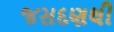
જસદણથી